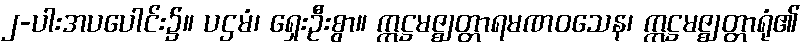
၂-ပါးအပပေါင်း၌။ ပဌမံ၊ ရှေးဦးစွာ။ ဣဋ္ဌမဇ္ဈတ္တာရမဏဝသေန၊ ဣဋ္ဌမဇ္ဈတ္တာရုံ၏